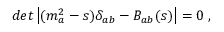
d e t \left| ( m _ { a } ^ { 2 } - s ) \delta _ { a b } - B _ { a b } ( s ) \right| = 0 \; ,